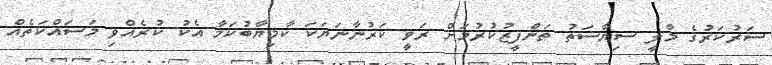
ސަރުކަރުގެ މާލީ ސިޔާސަތު ތަންފީޒުކުރުމަށް ރަވީ ކަރުނާނަޔަކަ ކާމިޔާބުކަމާ އެކު ކުރެއްވި މަސައްކަތެއް